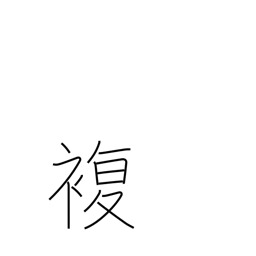
Meaning: double